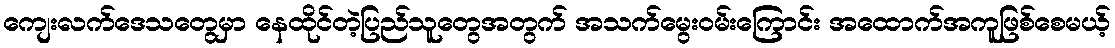
ကျေးလက်ဒေသတွေမှာ နေထိုင်တဲ့ပြည်သူတွေအတွက် အသက်မွေးဝမ်းကြောင်း အထောက်အကူဖြစ်စေမယ့်